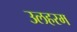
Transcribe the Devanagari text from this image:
उलहरम